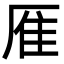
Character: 㕍